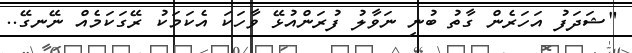
"ޝަދަފު އަހަރެން ގާތު ބުނި ނަވާލު ފުރަންއުޅޭ ވާހަކަ އެކަމަކު ރޭގަކަމެއް ނޭނގޭ..